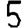
Digit: 5